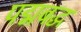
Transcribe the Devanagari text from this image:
पद्मबद्ध